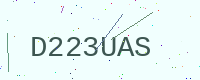
Text: D223UAS